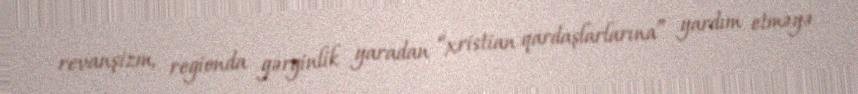
revanşizm, regionda gərginlik yaradan “xristian qardaşlarlarına” yardım etməyə